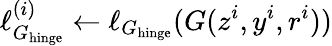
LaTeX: \ell_{G_{\mathrm{hinge}}}^{(i)}\leftarrow\ell_{G_{\mathrm{hinge}}}(G(z^{i},y^{i},r^{i}))